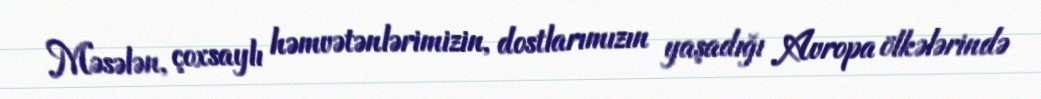
Məsələn, çoxsaylı həmvətənlərimizin, dostlarımızın yaşadığı Avropa ölkələrində